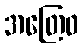
အတြေဝ